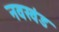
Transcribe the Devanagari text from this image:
नवखंड